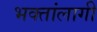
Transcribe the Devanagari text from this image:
भक्तांलागी